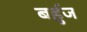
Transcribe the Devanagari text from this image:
बर्हुज